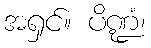
အရှင်။ ပိဏ္ဍံ၊